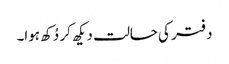
دفتر کی حالت دیکھ کر دُکھ ہوا۔